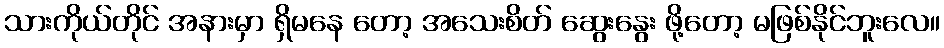
သားကိုယ်တိုင် အနားမှာ ရှိမနေ တော့ အသေးစိတ် ဆွေးနွေး ဖို့တော့ မဖြစ်နိုင်ဘူးလေ။